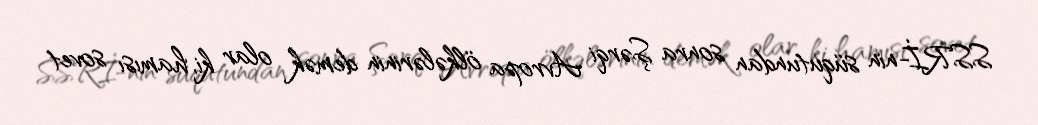
SSRİ-nin süqutundan sonra Şərqi Avropa ölkələrinin demək olar ki, hamısı sovet